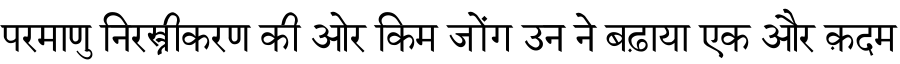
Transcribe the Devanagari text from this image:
परमाणु निरस्त्रीकरण की ओर किम जोंग उन ने बढ़ाया एक और क़दम